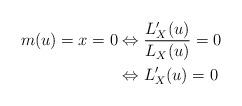
LaTeX: \begin{align*}m(u) = x = 0 &\Leftrightarrow \frac{L_{X}^{\prime}(u)}{L_{X}(u)} = 0 \\ &\Leftrightarrow L_{X}^{\prime}(u) = 0\end{align*}